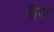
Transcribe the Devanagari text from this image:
शैदा